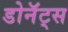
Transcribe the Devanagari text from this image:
डोनॅट्स